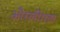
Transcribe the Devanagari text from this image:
औरलीगल